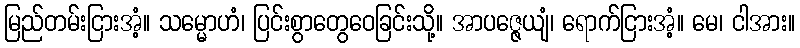
မြည်တမ်းငြားအံ့။ သမ္မောဟံ၊ ပြင်းစွာတွေဝေခြင်းသို့။ အာပဇ္ဇေယျံ၊ ရောက်ငြားအံ့။ မေ၊ ငါအား။